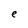
Character: e